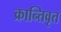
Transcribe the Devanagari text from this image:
क्रान्तिवृत